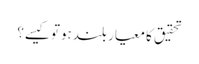
تحقیق کا معیار بلندہوتوکیسے؟